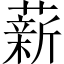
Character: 薪